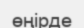
өңірде